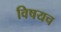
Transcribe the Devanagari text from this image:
विषयच